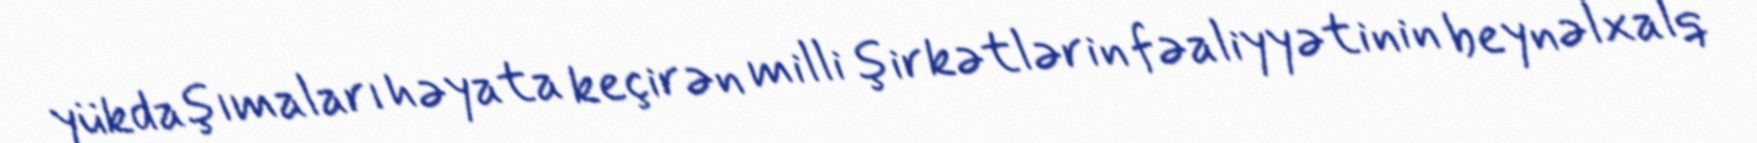
yükdaşımaları həyata keçirən milli şirkətlərin fəaliyyətinin beynəlxalq